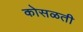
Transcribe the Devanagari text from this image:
कोसळती